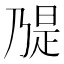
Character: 𫡝